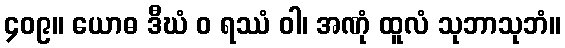
၄၀၉။ ယောဓ ဒီဃံ ဝ ရဿံ ဝါ၊ အဏုံ ထူလံ သုဘာသုဘံ။